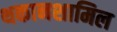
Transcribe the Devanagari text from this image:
थकानशामिल